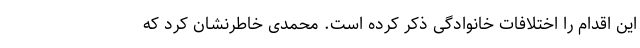
این اقدام را اختلافات خانوادگی ذکر کرده است. محمدی خاطرنشان کرد که